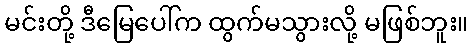
မင်းတို့ ဒီမြေပေါ်က ထွက်မသွားလို့ မဖြစ်ဘူး။